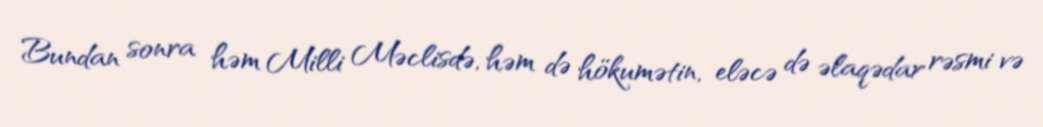
Bundan sonra həm Milli Məclisdə, həm də hökumətin, eləcə də əlaqədar rəsmi və